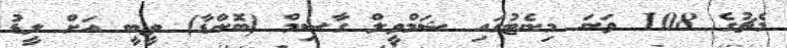
މެޗުގެ 108 ވަނަ މިނެޓުގައި ޝަމްވީލް ގާސިމް (ބޮންޑާ) ވީބީ އަށް ލީޑު